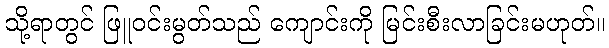
သို့ရာတွင် ဖြူဝင်းမွတ်သည် ကျောင်းကို မြင်းစီးလာခြင်းမဟုတ်။